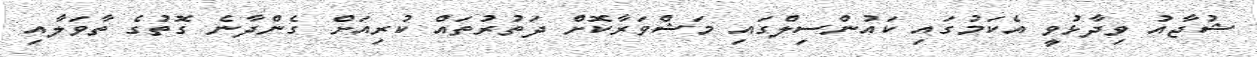
ޝުޖާއު ވިދާޅުވީ އެކަމުގައި ކައުންސިލްގައި މަޝްވަރާކޮށް ދަތުރުތައް ކުރިއަށް ގެންދާނެ ގޮތުގެ ތާވަލާއި